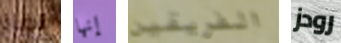
نفاذ إنها الفريقين رودز